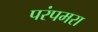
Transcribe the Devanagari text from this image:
परंपमरा